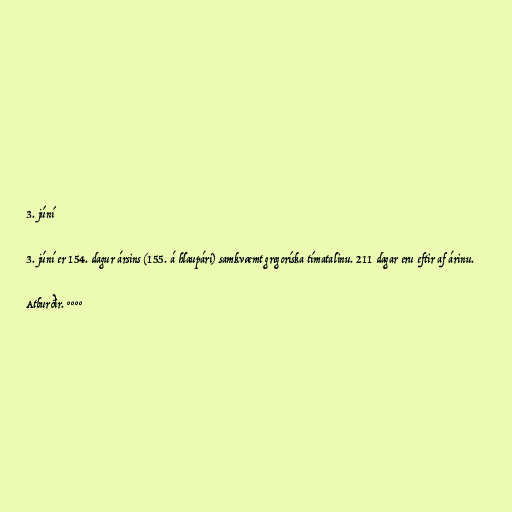
3. júní

3. júní er 154. dagur ársins (155. á hlaupári) samkvæmt gregoríska tímatalinu. 211 dagar eru eftir af árinu.

Atburðir. °°°°